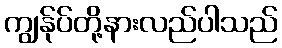
ကျွန်ုပ်တို့နားလည်ပါသည်